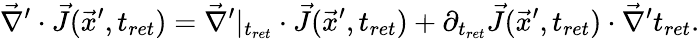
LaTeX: \vec{\nabla}^{\prime}\cdot\vec{J}(\vec{x}^{\prime},t_{ret})=\vec{\nabla}^{\prime}|_{t_{ret}}\cdot\vec{J}(\vec{x}^{\prime},t_{ret})+\partial_{t_{ret}}\vec{J}(\vec{x}^{\prime},t_{ret})\cdot\vec{\nabla}^{\prime}t_{ret}.